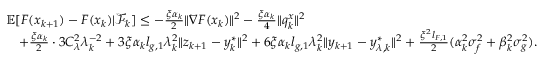
\begin{array} { r l } & { \mathbb { E } [ F ( x _ { k + 1 } ) - F ( x _ { k } ) | \mathcal { F } _ { k } ] \le - \frac { \xi \alpha _ { k } } { 2 } \| \nabla F ( x _ { k } ) \| ^ { 2 } - \frac { \xi \alpha _ { k } } { 4 } \| q _ { k } ^ { x } \| ^ { 2 } } \\ & { \quad + \frac { \xi \alpha _ { k } } { 2 } \cdot 3 C _ { \lambda } ^ { 2 } \lambda _ { k } ^ { - 2 } + 3 \xi \alpha _ { k } l _ { g , 1 } \lambda _ { k } ^ { 2 } \| z _ { k + 1 } - y _ { k } ^ { * } \| ^ { 2 } + 6 \xi \alpha _ { k } l _ { g , 1 } \lambda _ { k } ^ { 2 } \| y _ { k + 1 } - y _ { \lambda , k } ^ { * } \| ^ { 2 } + \frac { \xi ^ { 2 } l _ { F , 1 } } { 2 } ( \alpha _ { k } ^ { 2 } \sigma _ { f } ^ { 2 } + \beta _ { k } ^ { 2 } \sigma _ { g } ^ { 2 } ) . } \end{array}